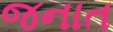
જનાત